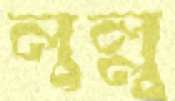
লুল্লু